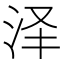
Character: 泽